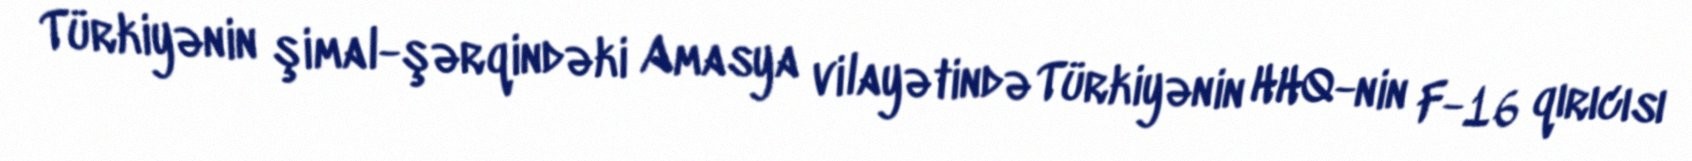
Türkiyənin şimal-şərqindəki Amasya vilayətində Türkiyənin HHQ-nin F-16 qırıcısı